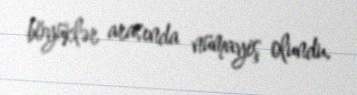
böyüklər arasında nümayiş olundu.